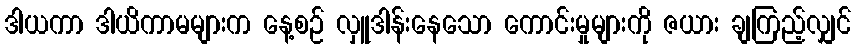
ဒါယကာ ဒါယိကာမများက နေ့စဉ် လှူဒါန်းနေသော ကောင်းမှုများကို ဇယား ချကြည့်လျှင်